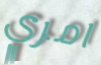
امري